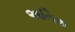
અનિશ